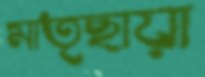
মাতৃছায়া